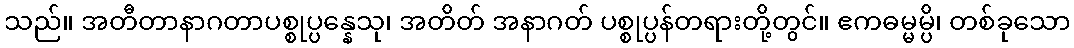
သည်။ အတီတာနာဂတာပစ္စုပ္ပန္နေသု၊ အတိတ် အနာဂတ် ပစ္စုပ္ပန်တရားတို့တွင်။ ဧကဓမ္မမ္ပိ၊ တစ်ခုသော